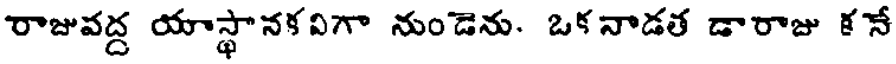
రాజువద్ద యాస్థానకవిగా నుండెను. ఒక నాడత డారాజు క నే